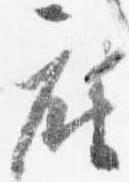
座